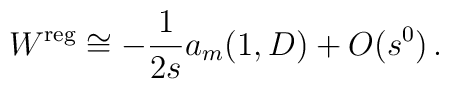
W^{\mbox{\scriptsize reg}}\cong -\frac 1{2s} a_m(1,D)+O(s^0)\,.